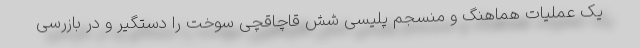
یک عملیات هماهنگ و منسجم پلیسی شش قاچاقچی سوخت را دستگیر و در بازرسی